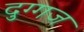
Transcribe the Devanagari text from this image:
दुग्गज